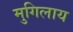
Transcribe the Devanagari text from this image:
मुगिलाय